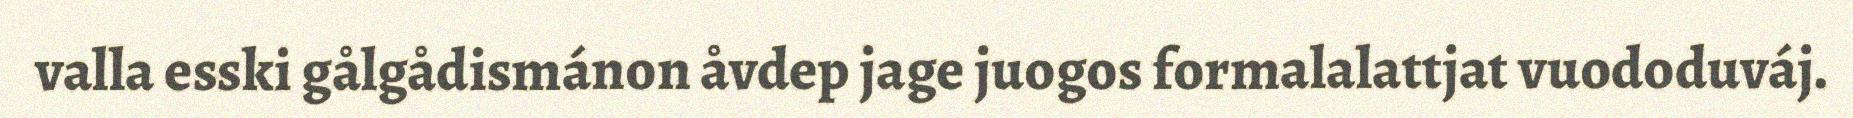
valla esski gålgådismánon åvdep jage juogos formalalattjat vuododuváj.